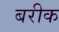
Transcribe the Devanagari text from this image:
बरीक